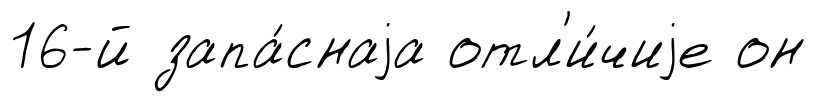
16-й запа́снаjа отл'и́чиjе он